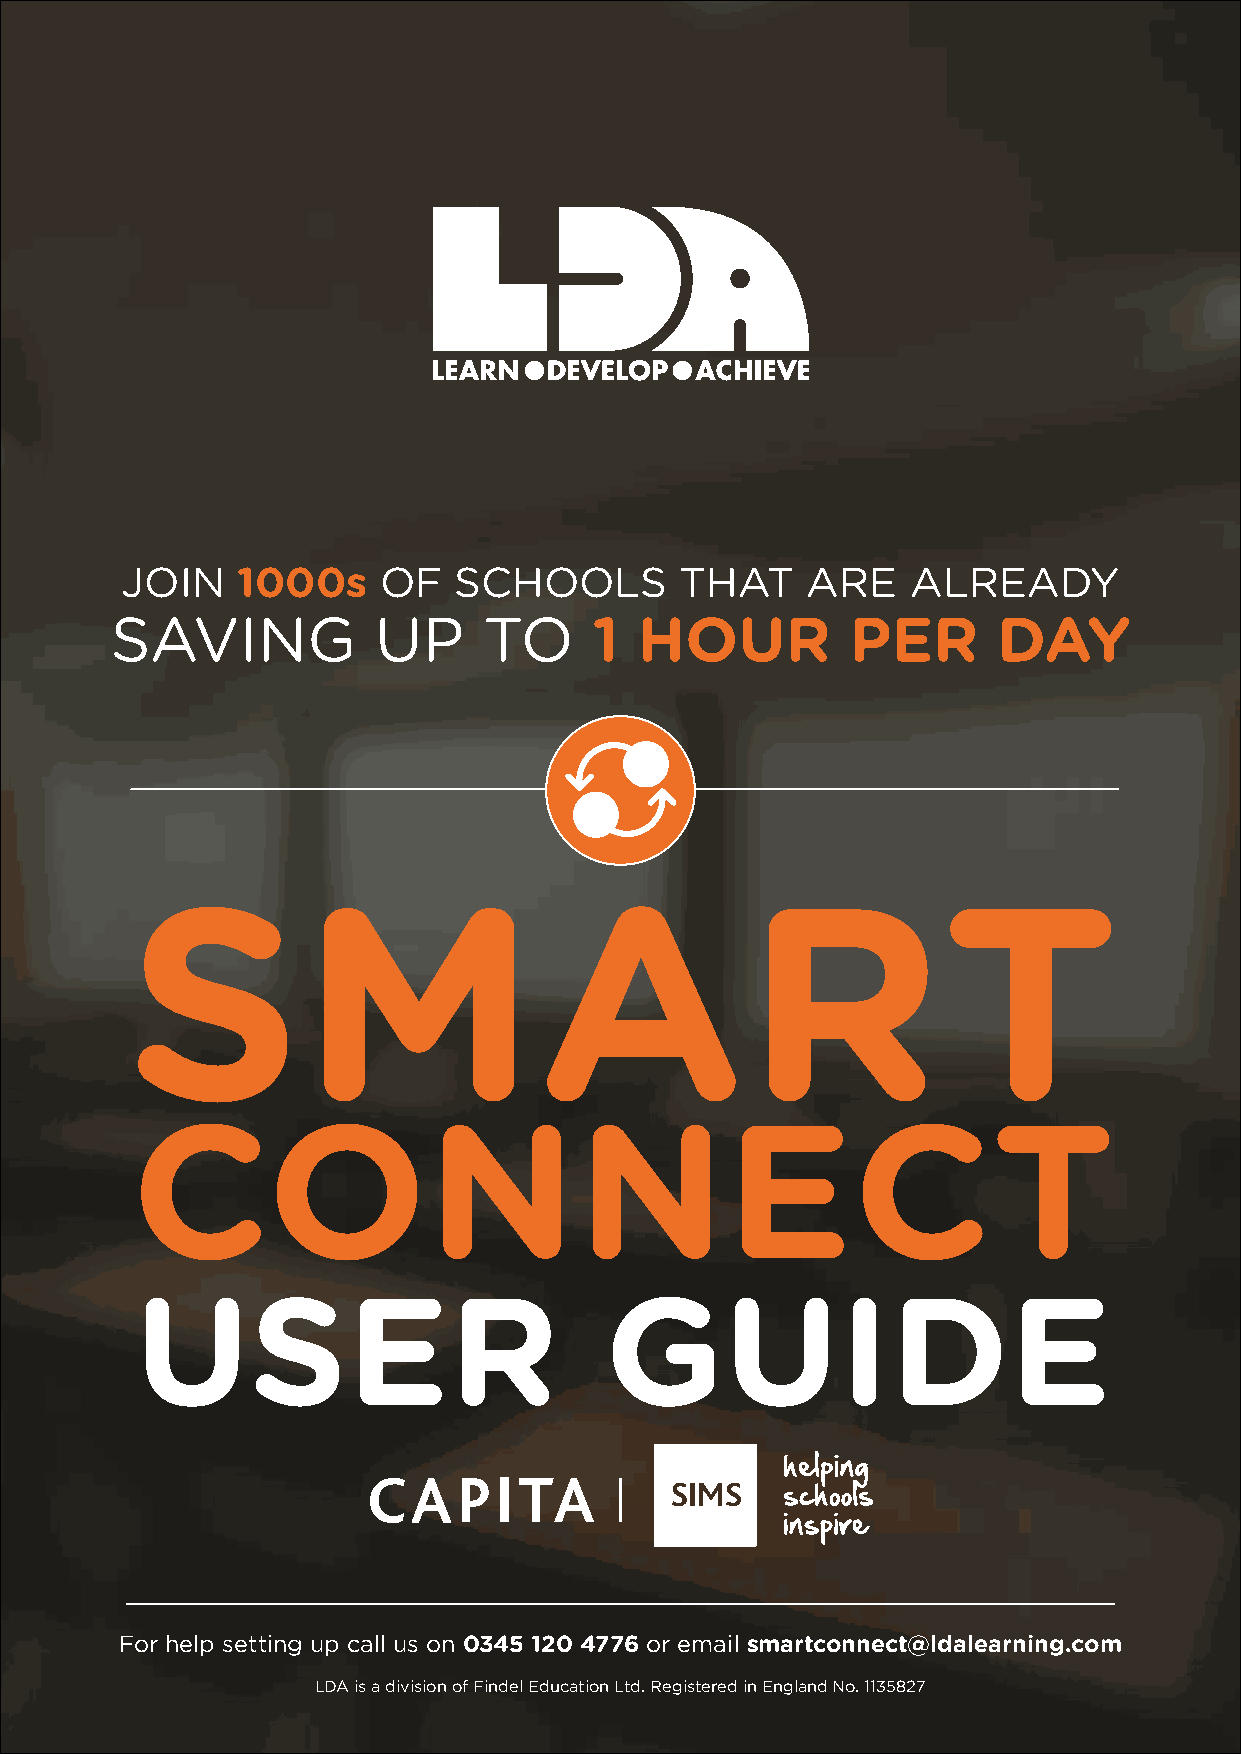
JOIN    1000s    OF   SCHOOLS        THAT    ARE    ALREADY
 SAVING            UP     TO     1  HOUR          PER       DAY
 SMART
 CONNECT
 USER                           GUIDE
 For help setting up call us on 0345 120 4776 or email smartconnect@ldalearning.com
 LDA is a division of Findel Education Ltd. Registered in England No. 1135827